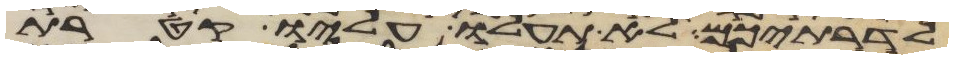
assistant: לדרתיכם לא תעלו עליו קטרת